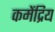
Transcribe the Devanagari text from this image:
कमेंद्रिय